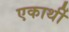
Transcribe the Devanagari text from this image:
एकार्थी